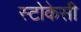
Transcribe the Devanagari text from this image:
स्टोकेसी